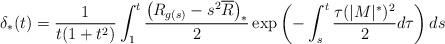
LaTeX: \begin{align*}\delta_{*}(t)=\frac{1}{t(1+t^{2})}\int_{1}^{t}\frac{\left(R_{g(s)}-s^{2}\overline{R}\right)_{*}}{2}\exp\left(-\int_{s}^{t}\frac{\tau(|M|^{*})^{2}}{2}d\tau\right)ds\end{align*}